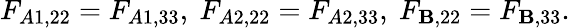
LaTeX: F_{A1,22}=F_{A1,33},\ F_{A2,22}=F_{A2,33},\ F_{\mathbf{B},22}=F_{\mathbf{B},33}.